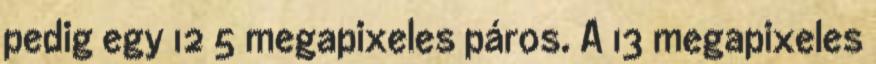
pedig egy 12 5 megapixeles páros. A 13 megapixeles